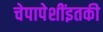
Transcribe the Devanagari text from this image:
चेपापेशींइतकी